King Institute of Preventive Medicine Bacteriolog. Section reports 1907-08
Year: 1907
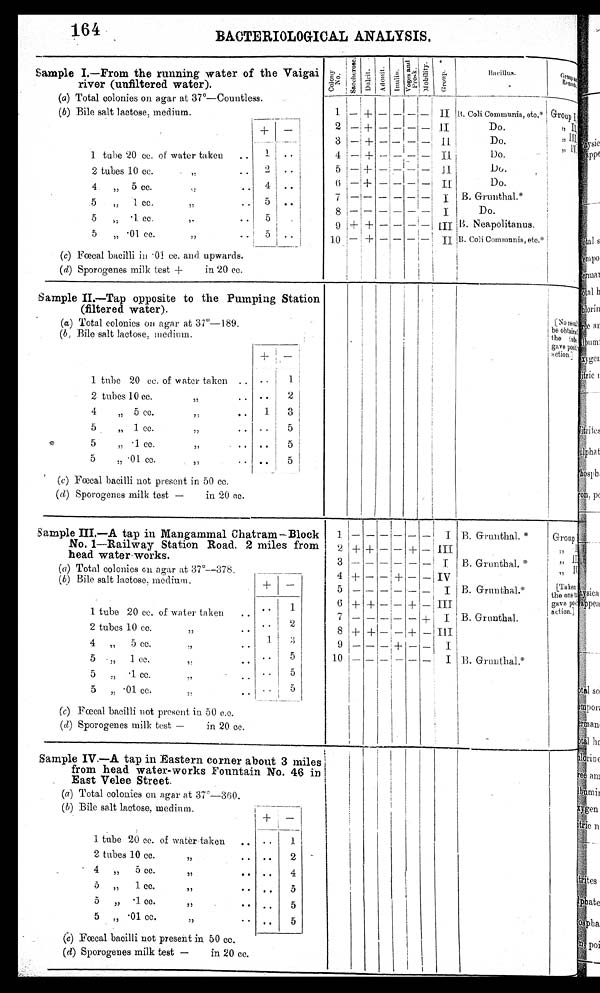
164
BACTERIOLOGICAL ANALYSIS.
Sample 1.—From the running water of the Vaigai
river (unfiltered water).
(a) Total colonies on agar at 37°—Countless.
C o l o n y N o .
saccher ose
D u l c i t
Adonit
I nul i n
e V o g e s a n d P r o s k e M o b i l i t y
G r o u p
B a c i l l u s .
-
G r o u p R e m a r k
2
3
4
5
6
8
o
1.0
—
—
—
—
—+
—
j i
—
i +
—
______
+
+
+
+
+
+
+
— •
—
—
—
—
—
—
—
—
—
—
—
—
—,—
—
—
—I
—'
—
11
1. 1
II
II
II
II
I
I
III
II
B. Coli Communis,etc
,
*
Do.
Do.
Do.
Do.
Do.
B. Grunthal.*
Do.
I B. Neapolitanus.
B. Coli Communis, etc
,
*
—
—
—
—
—
—
—
---
---
G r o u p I
:5 Ii.
Sample 11.—Tap opposite to the Pumping Station
(filtered water).
(a) Total colonies on agar at 37°-189.
(b, Bile salt lactose, medium.
—
1 tube 20 cc. of water taken .. • •
1
2 tubes 10 cc.
,
• • • •
2
4
„ 5 cc.
..
1.
3
5
„ 1 cc.
,
.. ..
5
5
„ • 1 cc.
)7
..
.
5
5
„ . 01 cc.
.. ..
5
(c) Fœcal bacilli not present in 50 cc.
(d) Sporogenes milk test —
in 20 cc.
[ N o r e s u l t b e o b t a i n e d t h e t u b e g a v e p o s i t i v e a c t i o n ]
sample 1I1.—A tap in Mangammal Chatram—Block
No. 1—Railway Station Road. 2 miles from
head water-works
(a) Total colonies on agar at 37°—378.
(b) Bile salt lactose. medium.
1 tube 20 cc. of water taken
.. • •
1
..
2 tubes 10 cc.
,,
• •
4 „
5 cc.
..
1
3
5 „
1 cc.
.. ..
5
5
„ 1 cc.
.. • •
5
.01 cc.
. .
5
(c) Fœcal bacilli not present in. 50 c.c.
(d) Sporogenes milk test —
in 20 cc.
2
4
5
6
7
8
9
10.
1
3
+
+
+
—
+
—
—
+
—
+
—
+
—
—
j
—
--
—
—
—
—
—
+
—
+
+
---
+
—
—
—
—
—
+
I I I
I
III
T.
IV
I
III
I
I
I
B. Grunthal. *
.B. Grunthal. *
B. Grunthal.*
B. Grunthal.
B. Grunthal.*
G r o u p I
, , I I
, , I I I
, , I V
[ T a k e n t h e o n e g a v e p o s i t i v e a c t i o n ]
Sample IV.— A tap in Eastern corner about 3 miles
from head water-works Fountain No. 46 in
East Velee Street.
(a) Total colonies on agar at 37'-360.
(b) Bile salt lactose, medium.
_
1 tube 20 cc. of water taken
.. • •
2 tubes 10 cc.
..
2
4 „
5 cc.
4
5 „
1 cc.
5
5
„ .1 cc.
• •
..
5
. .
5 „ .01 cc.
5
(c) Fœcal bacilli not present in 50 cc.
( d) Sporogenes milk test —
in 20 cc.
.
1
.